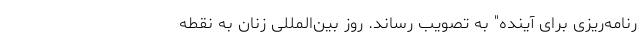
رنامه‌ریزی برای آینده" به تصویب رساند. روز بین‌المللی زنان به نقطه